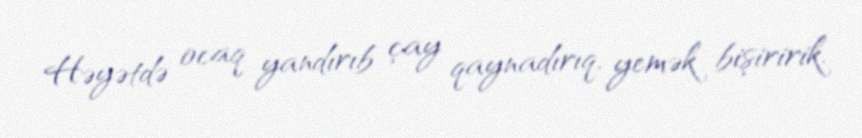
Həyətdə ocaq yandırıb çay qaynadırıq, yemək bişiririk.